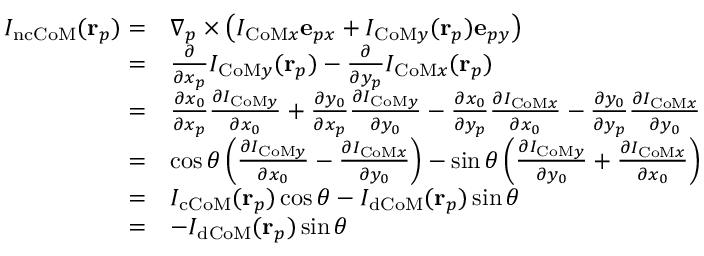
\begin{array} { r l } { I _ { \mathrm { n c C o M } } ( \mathbf { r } _ { p } ) = } & { \nabla _ { p } \times \left( I _ { \mathrm { C o M } x } \mathbf { e } _ { p x } + I _ { \mathrm { C o M } y } ( \mathbf { r } _ { p } ) \mathbf { e } _ { p y } \right) } \\ { = } & { \frac { \partial } { \partial x _ { p } } I _ { \mathrm { C o M } y } ( \mathbf { r } _ { p } ) - \frac { \partial } { \partial y _ { p } } I _ { \mathrm { C o M } x } ( \mathbf { r } _ { p } ) } \\ { = } & { \frac { \partial x _ { 0 } } { \partial x _ { p } } \frac { \partial I _ { \mathrm { C o M } y } } { \partial x _ { 0 } } + \frac { \partial y _ { 0 } } { \partial x _ { p } } \frac { \partial I _ { \mathrm { C o M } y } } { \partial y _ { 0 } } - \frac { \partial x _ { 0 } } { \partial y _ { p } } \frac { \partial I _ { \mathrm { C o M } x } } { \partial x _ { 0 } } - \frac { \partial y _ { 0 } } { \partial y _ { p } } \frac { \partial I _ { \mathrm { C o M } x } } { \partial y _ { 0 } } } \\ { = } & { \cos \theta \left( \frac { \partial I _ { \mathrm { C o M } y } } { \partial x _ { 0 } } - \frac { \partial I _ { \mathrm { C o M } x } } { \partial y _ { 0 } } \right) - \sin \theta \left( \frac { \partial I _ { \mathrm { C o M } y } } { \partial y _ { 0 } } + \frac { \partial I _ { \mathrm { C o M } x } } { \partial x _ { 0 } } \right) } \\ { = } & { I _ { \mathrm { c C o M } } ( \mathbf { r } _ { p } ) \cos \theta - I _ { \mathrm { d C o M } } ( \mathbf { r } _ { p } ) \sin \theta } \\ { = } & { - I _ { \mathrm { d C o M } } ( \mathbf { r } _ { p } ) \sin \theta } \end{array}